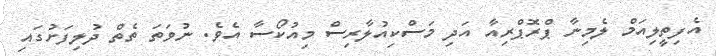
އެފިތީލިއަމް ލެމިނާ ޕްރޮޕްރިއާ އަދި މަސްކިއުލާރިސް މިއުކޯސާ އެވެ. ނުވަތަ ތެތް ދުލިފަށުގައި